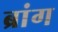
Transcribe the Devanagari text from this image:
ब्रांग